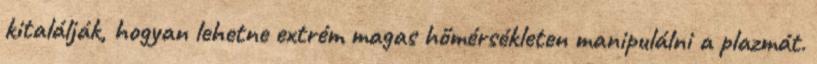
kitalálják, hogyan lehetne extrém magas hőmérsékleten manipulálni a plazmát.